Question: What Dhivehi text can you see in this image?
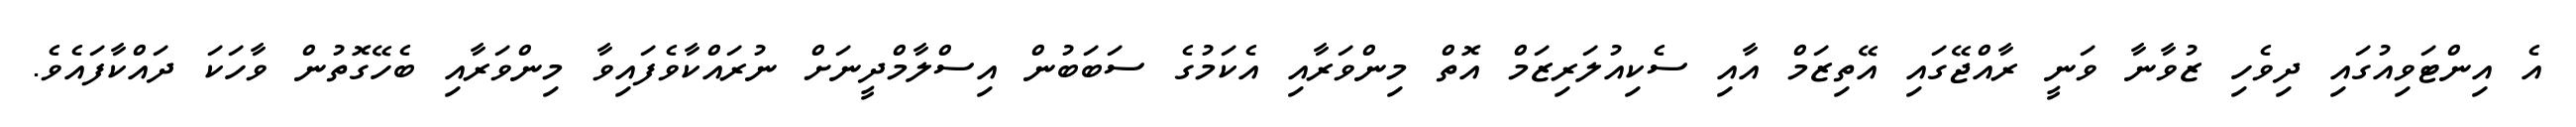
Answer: އެ އިންޓަވިއުގައި ދިވެހި ޒުވާނާ ވަނީ ރާއްޖޭގައި އޭތިޒަމް އާއި ސެކިއުލަރިޒަމް އޮތް މިންވަރާއި އެކަމުގެ ސަބަބުން އިސްލާމްދީނަށް ނުރައްކާވެފައިވާ މިންވަރާއި ބެހޭގޮތުން ވާހަކަ ދައްކާފައެވެ.